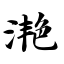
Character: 滟